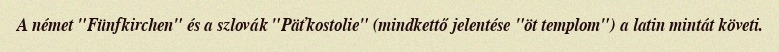
A német "Fünfkirchen" és a szlovák "Päťkostolie" (mindkettő jelentése "öt templom") a latin mintát követi.